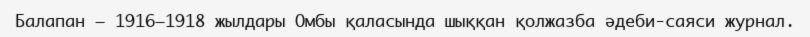
Балапан — 1916—1918 жылдары Омбы қаласында шыққан қолжазба әдеби-саяси журнал.